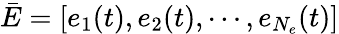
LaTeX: \bar{E}=\left[e_{1}(t),e_{2}(t),\cdots,e_{N_{e}}(t)\right]